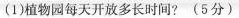
(1)植物园每天开放多长时间? (5分)